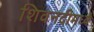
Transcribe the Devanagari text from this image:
शिवनदीमध्ये